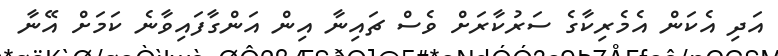
އަދި އެކަން އެމެރިކާގެ ސަރުކާރަށް ވެސް ޗައިނާ އިން އަންގާފައިވާނެ ކަމަށް އޭނާ